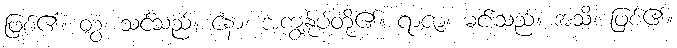
ဖြစ်၏။ တွံ၊ သင်သည်။ နော၊ အကျွန်ုပ်တို့၏။ ရာဇာ၊ မင်းသည်။ အသိ၊ ဖြစ်၏။